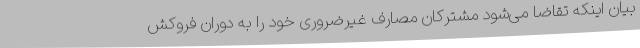
بیان اینکه تقاضا می‌شود مشترکان مصارف غیرضروری خود را به دوران فروکش